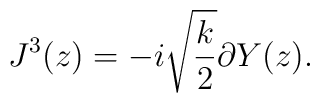
J^3(z) = -i \sqrt{\frac{k}{2}} \partial Y(z) .